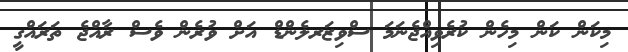
މިކަން ކަން މިހެން ކުރެވިއްޖެނަމަ ސްވިޒަރލެންޑް އަށް ވުރެން ވެސް ރާއްޖެ ތަރައްގީ